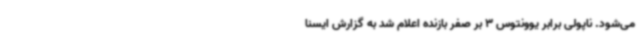
می‌شود. ناپولی برابر یوونتوس 3 بر صفر بازنده اعلام شد به گزارش ایسنا